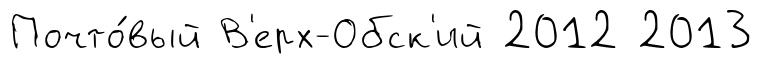
Почто́вый В'ерх-Обск'ий 2012 2013